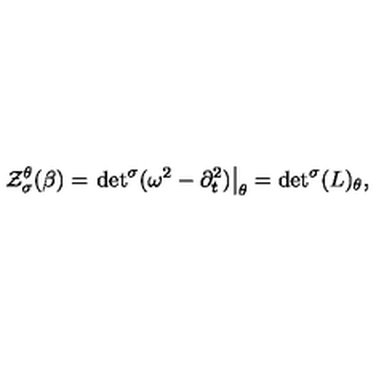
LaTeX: { \cal Z } _ { \sigma } ^ { \theta } ( \beta ) = \left. { \det } ^ { \sigma } ( \omega ^ { 2 } - \partial _ { t } ^ { 2 } ) \right| _ { \theta } = { \det } ^ { \sigma } ( L ) _ { \theta } ,